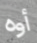
أوه